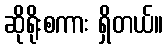
ဆိုရိုးစကား ရှိတယ်။